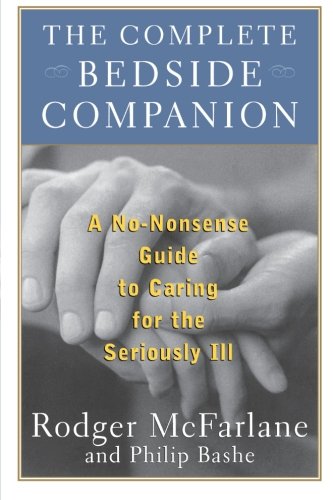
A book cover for The Complete Bedside Companion: A No-Nonsense Guide to Caring for the Seriously Ill; Rodger McFarlane; Medical Books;